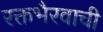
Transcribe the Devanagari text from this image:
रक्तभैरवाची